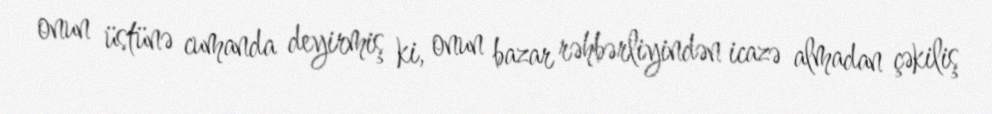
onun üstünə cumanda deyirmiş ki, onun bazar rəhbərliyindən icazə almadan çəkiliş